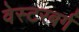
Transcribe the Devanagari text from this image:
वेस्टरबर्ग